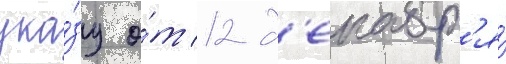
ука́зу о́т 12 д'екабр'я́